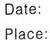
Date
Place